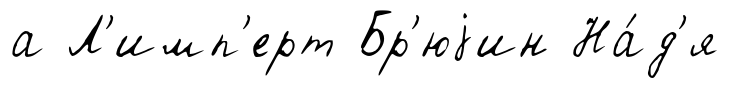
а Л'имп'ерт Бр'юjин На́д'я